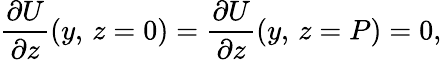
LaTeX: \frac{\partial U}{\partial z}(y,\, z=0)=\frac{\partial U}{\partial z}(y,\, z=P)=0,